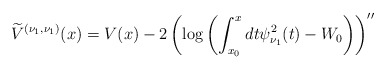
\begin{align*} \widetilde{V}^{( \nu _{1},\nu _{1}) }(x) =V( x) -2\left( \log \left( \int_{x_{0}}^{x}dt\psi _{\nu _{1}}^{2}(t)-W_{0}\right) \right) ^{\prime \prime } \end{align*}